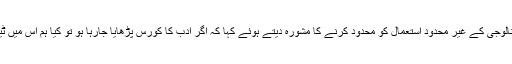
ٹِم کُک نے اسکولوں میں ٹیکنالوجی کے غیر محدود استعمال کو محدود کرنے کا مشورہ دیتے ہوئے کہا کہ اگر ادب کا کورس پڑھایا جارہا ہو تو کیا ہم اس میں ٹیکنالوجی استعمال کریں گے؟